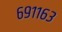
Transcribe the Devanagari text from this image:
६९११६३